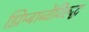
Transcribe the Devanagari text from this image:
झिम्बाब्वेविरुद्ध